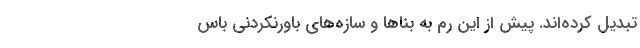
تبدیل کرد‌ه‌اند. پیش از این رم به بناها و سازه‌های باورنکردنی باس